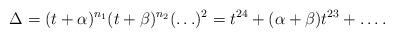
LaTeX: \begin{align*}\Delta = (t+\alpha)^{n_1}(t+\beta)^{n_2} (\hdots)^2 = t^{24} + (\alpha+\beta) t^{23} + \hdots.\end{align*}